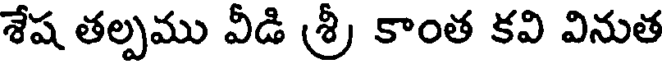
శేష తల్పము వీడి శ్రీ కాంత కవి వినుత